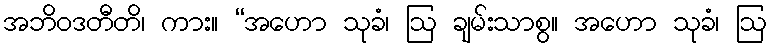
အဘိဝဒတီတိ၊ ကား။ “အဟော သုခံ၊ ဩ ချမ်းသာစွ။ အဟော သုခံ၊ ဩ